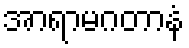
အာရာမဂတာနံ